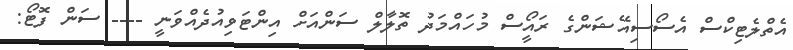
އެތްލެޓިކްސް އެސޯސިއޭޝަންގެ ރައީޯސް މުހައްމަދު ތޮލާލް ސަންއަށް އިންޓަވިއުދެއްވަނީ ---- ސަން ފޮޓޯޯ: